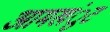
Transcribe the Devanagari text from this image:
आमखंुट